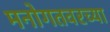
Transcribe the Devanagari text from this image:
मनोगतवरच्या